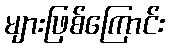
များဖြစ်ကြောင်း